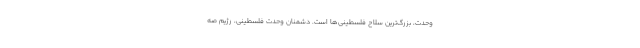
وحدت، بزرگ‌ترین سلاح فلسطینی‌ها است. دشمنان وحدت فلسطینی، رژیم صه